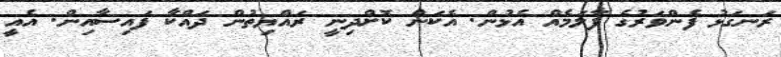
ރަނގަޅު ފެންވަރުގެ ފާލަމެއް އެޅުން. އެކަން ކޮށްދިނީ ރައްޔިތުން ދައްކާ ފައިސާއިން. އެއީ